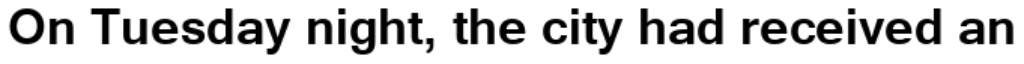
On Tuesday night, the city had received an